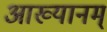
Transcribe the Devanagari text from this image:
आख्यानम्